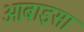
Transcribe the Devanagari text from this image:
आबाइसा